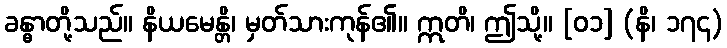
ခန္ဓာတို့သည်။ နိယမေန္တိ၊ မှတ်သားကုန်၏။ ဣတိ၊ ဤသို့။ [၀၁] (နိ၊ ၁၇၄)